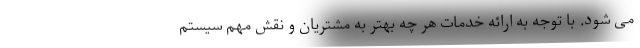
می شود. با توجه به ارائه خدمات هر چه بهتر به مشتریان و نقش مهم سیستم